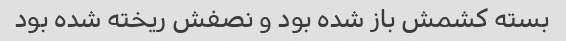
بسته کشمش باز شده بود و نصفش ریخته شده بود